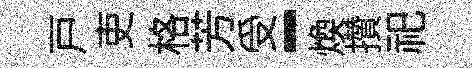
戸吏格芳受-煥攢祀